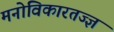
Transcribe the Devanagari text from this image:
मनोविकारतज्‍ज्ञ